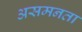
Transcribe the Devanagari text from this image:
असमनता